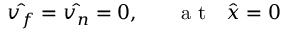
\hat { v _ { f } } = \hat { v _ { n } } = 0 , ~ ~ ~ ~ ~ \mathrm { ~ a ~ t ~ } ~ ~ \hat { x } = 0